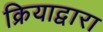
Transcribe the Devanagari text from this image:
क्रियाद्वारा